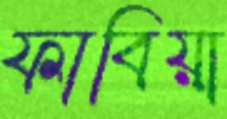
ফাবিয়া